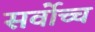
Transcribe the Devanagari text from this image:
सर्वाेच्च